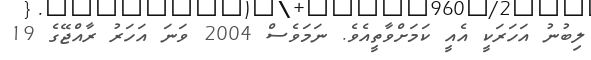
ލިބުނު އަހަރަކީ އެއީ ކަމަށްވާތީއެވެ. ނަމަވެސް 2004 ވަނަ އަހަރު ރާއްޖޭގެ 19